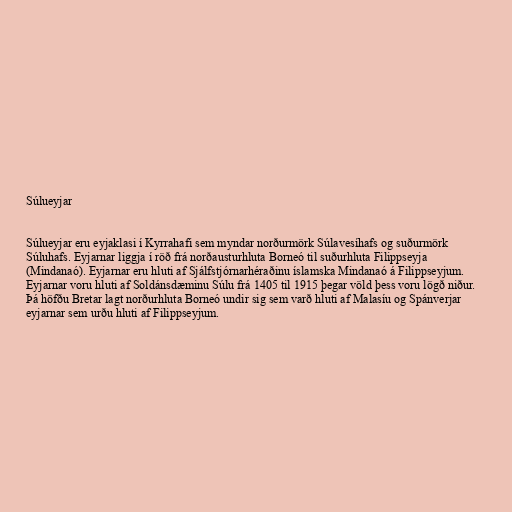
Súlueyjar

Súlueyjar eru eyjaklasi í Kyrrahafi sem myndar norðurmörk Súlavesíhafs og suðurmörk
Súluhafs. Eyjarnar liggja í röð frá norðausturhluta Borneó til suðurhluta Filippseyja
(Mindanaó). Eyjarnar eru hluti af Sjálfstjórnarhéraðinu íslamska Mindanaó á Filippseyjum.
Eyjarnar voru hluti af Soldánsdæminu Súlu frá 1405 til 1915 þegar völd þess voru lögð niður.
Þá höfðu Bretar lagt norðurhluta Borneó undir sig sem varð hluti af Malasíu og Spánverjar
eyjarnar sem urðu hluti af Filippseyjum.